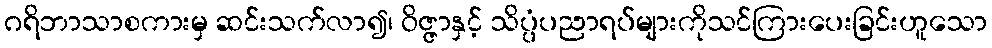
ဂရိဘာသာစကားမှ ဆင်းသက်လာ၍၊ ဝိဇ္ဇာနှင့် သိပ္ပံပညာရပ်များကိုသင်ကြားပေးခြင်းဟူသော